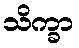
သိက္ခာ